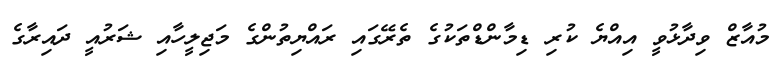
މުއާޒް ވިދާޅުވީ އިއްޔެ ކުރި ޑިމާންޑްތަކުގެ ތެރޭގައި ރައްޔިތުންގެ މަޖިލީހާއި ޝަރުއީ ދައިރާގެ